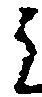
候